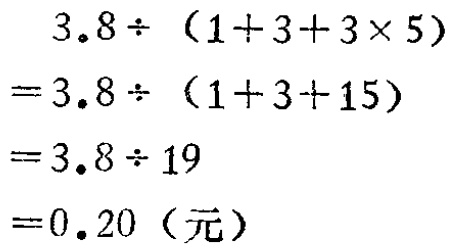
\[
\begin{align*}
&3.8\div(1 + 3+3\times5)\\
=&3.8\div(1 + 3 + 15)\\
=&3.8\div19\\
=&0.20（元）
\end{align*}
\]